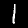
Label: 1